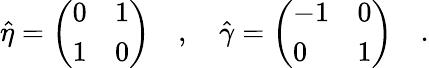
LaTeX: \hat{\eta}=\left(\begin{array}{ll}{{0}}&{{1}}\\ {{1}}&{{0}}\end{array}\right)\quad,\quad\hat{\gamma}=\left(\begin{array}{ll}{{-1}}&{{0}}\\ {{0}}&{{1}}\end{array}\right)\quad.